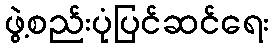
ဖွဲ့စည်းပုံပြင်ဆင်ရေး